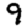
Digit: 9